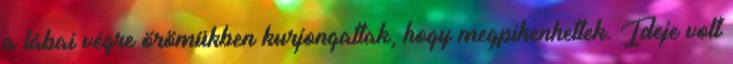
a lábai végre örömükben kurjongattak, hogy megpihenhettek. Ideje volt